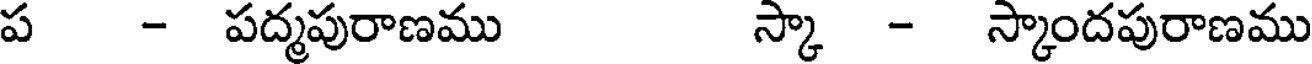
ప - పద్మపురాణము స్కా - స్కాందపురాణము